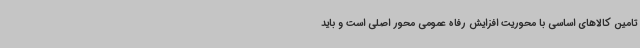
تامین کالاهای اساسی با محوریت افزایش رفاه عمومی محور اصلی است و باید